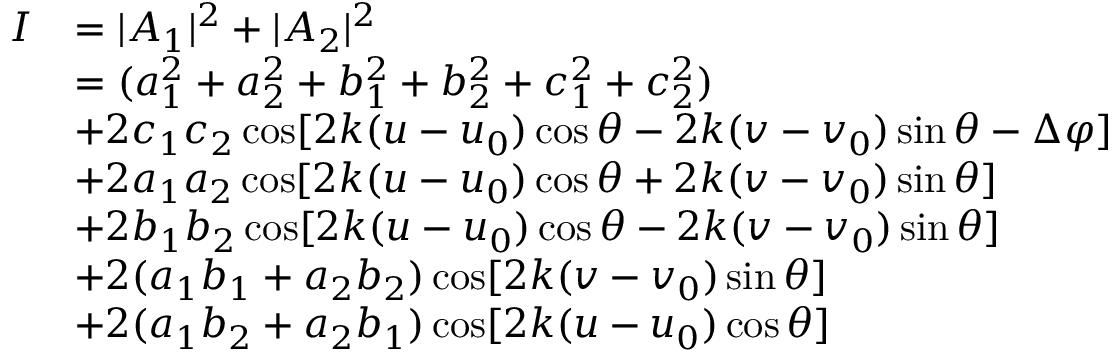
\begin{array} { r l } { I } & { = | A _ { 1 } | ^ { 2 } + | A _ { 2 } | ^ { 2 } } \\ & { = ( a _ { 1 } ^ { 2 } + a _ { 2 } ^ { 2 } + b _ { 1 } ^ { 2 } + b _ { 2 } ^ { 2 } + c _ { 1 } ^ { 2 } + c _ { 2 } ^ { 2 } ) } \\ & { + 2 c _ { 1 } c _ { 2 } \cos [ 2 k ( u - u _ { 0 } ) \cos \theta - 2 k ( v - v _ { 0 } ) \sin \theta - \Delta \varphi ] } \\ & { + 2 a _ { 1 } a _ { 2 } \cos [ 2 k ( u - u _ { 0 } ) \cos \theta + 2 k ( v - v _ { 0 } ) \sin \theta ] } \\ & { + 2 b _ { 1 } b _ { 2 } \cos [ 2 k ( u - u _ { 0 } ) \cos \theta - 2 k ( v - v _ { 0 } ) \sin \theta ] } \\ & { + 2 ( a _ { 1 } b _ { 1 } + a _ { 2 } b _ { 2 } ) \cos [ 2 k ( v - v _ { 0 } ) \sin \theta ] } \\ & { + 2 ( a _ { 1 } b _ { 2 } + a _ { 2 } b _ { 1 } ) \cos [ 2 k ( u - u _ { 0 } ) \cos \theta ] } \end{array}